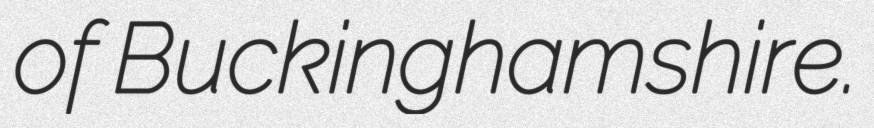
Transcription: of Buckinghamshire.